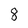
Character: 8